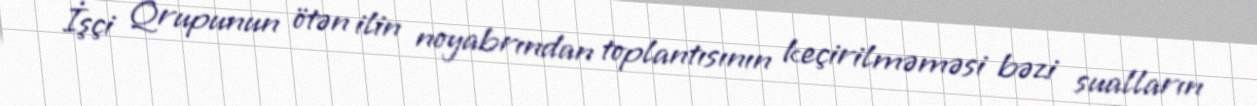
İşçi Qrupunun ötən ilin noyabrından toplantısının keçirilməməsi bəzi sualların